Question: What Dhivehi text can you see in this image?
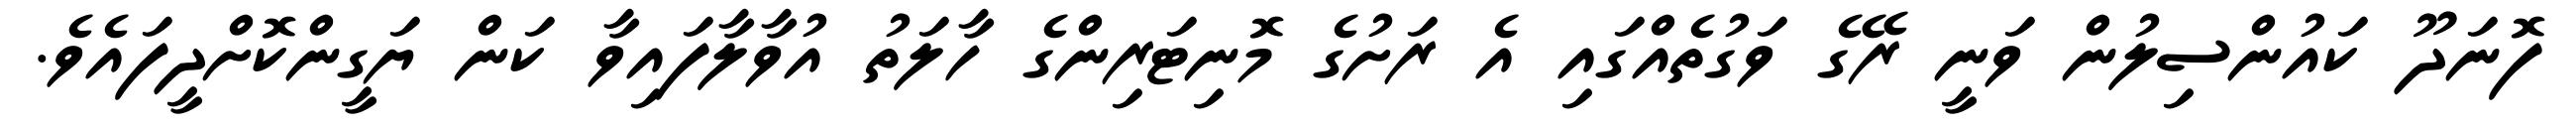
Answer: ފޮނަދޫ ކައުންސިލުން ވަނީ ރޭގެ ވަގުތެއްގައި އެ ރަށުގެ މޮނިޓަރިންގެ ހާލަތު އުވާލާފައިވާ ކަން ޔަގީންކޮށްދީފައެވެ.